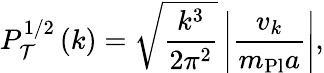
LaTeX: P_{\cal T}^{1/2}\left(k\right)=\sqrt{\frac{k^{3}}{2\pi^{2}}}\left|{\frac{v_{k}}{m_{\mathrm{Pl}}a}}\right|,